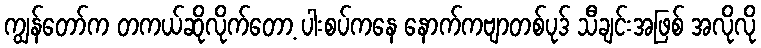
ကျွန်တော်က တကယ်ဆိုလိုက်တော့ ပါးစပ်ကနေ နောက်ကဗျာတစ်ပုဒ် သီချင်းအဖြစ် အလိုလို